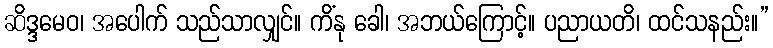
ဆိဒ္ဒမေဝ၊ အပေါက် သည်သာလျှင်။ ကိံနု ခေါ၊ အဘယ်ကြောင့်။ ပညာယတိ၊ ထင်သနည်း။”